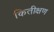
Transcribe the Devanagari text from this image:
कितीक्षण